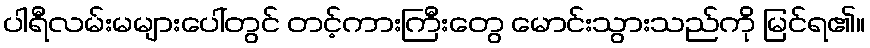
ပါရီလမ်းမများပေါ်တွင် တင့်ကားကြီးတွေ မောင်းသွားသည်ကို မြင်ရ၏။